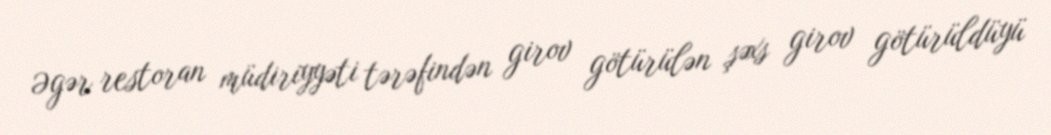
Əgər restoran müdiriyyəti tərəfindən girov götürülən şəxs girov götürüldüyü